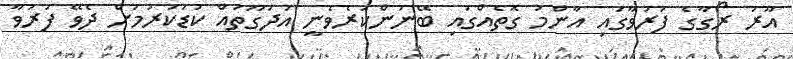
އޫރު ރޯގާގެ ފަރުވާގައި އާންމު ގޮތެއްގައި ބޭނުންކުރެވެނީ އުދަގޫތައް ކުޑަކުރުމަށް ދެވޭ ފަރުވާ